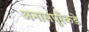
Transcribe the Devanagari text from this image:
अनासपुरेंकडे